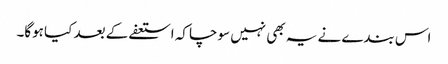
اس بندے نے یہ بھی نہیں سوچا کہ استعفے کے بعد کیا ہوگا۔